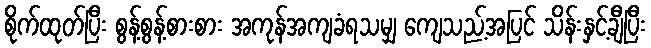
စိုက်ထုတ်ပြီး စွန့်စွန့်စားစား အကုန်အကျခံရသမျှ ကျေသည့်အပြင် သိန်းနှင့်ချီပြီး